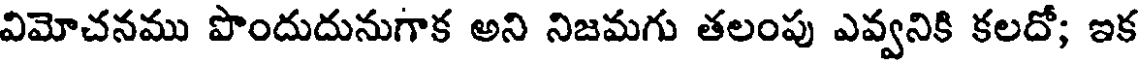
విమోచనము పొందుదునుగాక అని నిజమగు తలంపు ఎవ్వనికి కలదో; ఇక